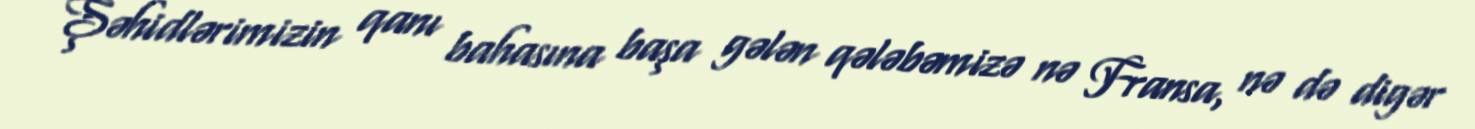
Şəhidlərimizin qanı bahasına başa gələn qələbəmizə nə Fransa, nə də digər